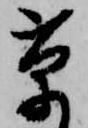
草